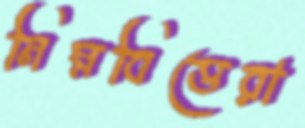
নিম্নবিত্তেরা